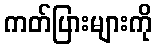
ကတ်ပြားများကို